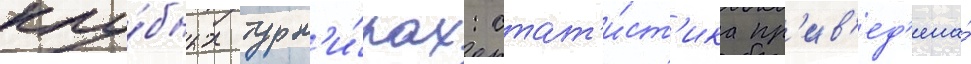
клу́бных турн'и́рах: стат'и́ст'ика пр'ив'ед'ена́